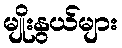
မျိုးနွယ်များ